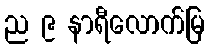
ည ၉ နာရီလောက်မြ